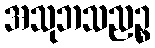
အသုဘသညဉ္စ